Malaria in the Duars
Disease focus: Malaria
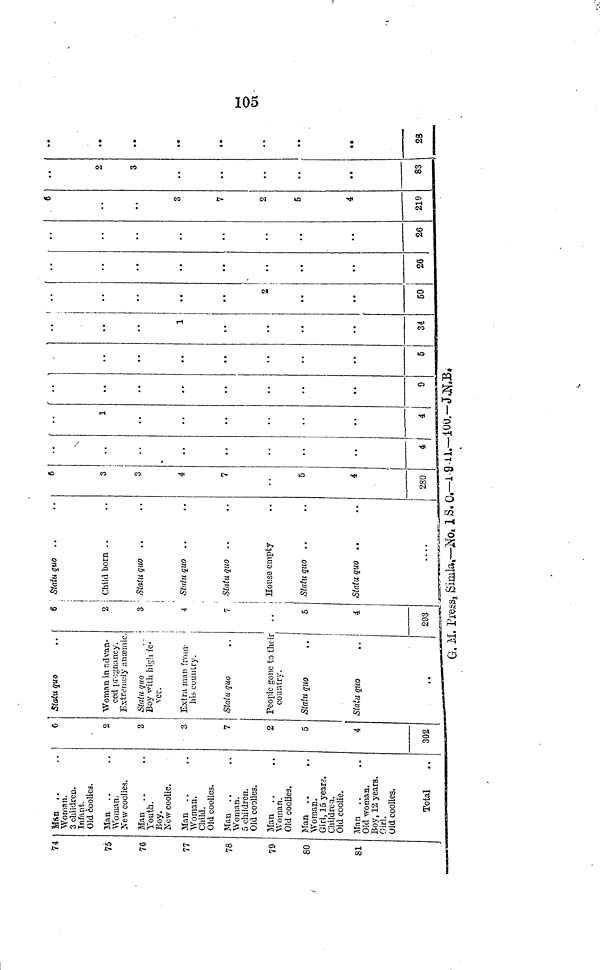
105